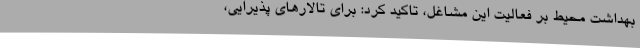
بهداشت محیط بر فعالیت این مشاغل، تاکید کرد: برای تالارهای پذیرایی،